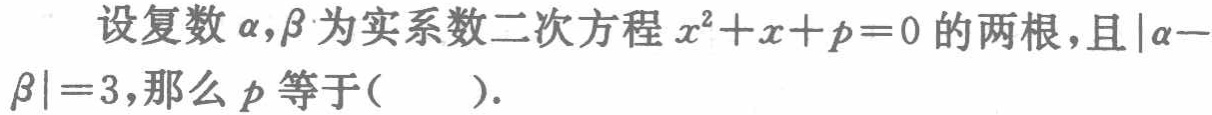
设复数\(\alpha,\beta\)为实系数二次方程\(x^{2}+x + p = 0\)的两根，且\(|\alpha - \beta| = 3\)，那么\(p\)等于( ).